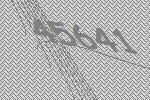
45641